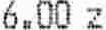
6.00 Z